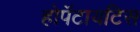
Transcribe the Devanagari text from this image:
होपॅटायटिस